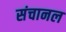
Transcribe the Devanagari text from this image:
संचानल